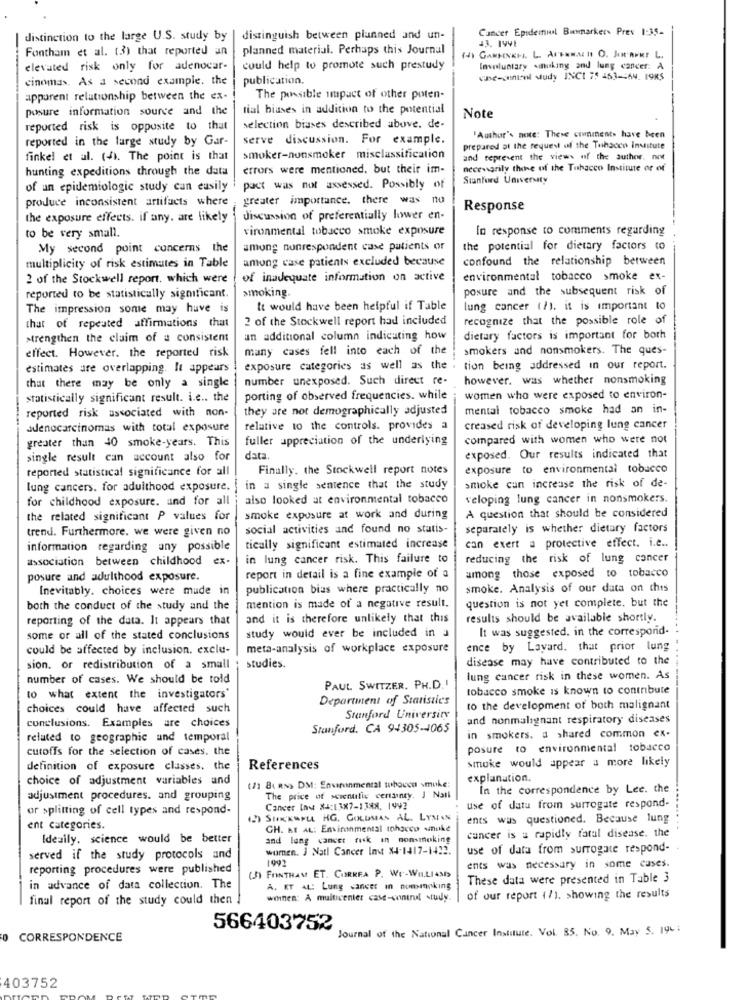
Cancer Epidemiol Bummarker. Prev 1:35-
distinction to the large U.S. study by
distinguish between planned and un-
Fontham et al. (3) that reported an
planned material. Perhaps this Journal
elevated risk only for adenocar-
could help to promote such prestudy
Involuntary amnuking and lung cancer: A
cinomas. As a second example. the
publication.
use-cantoni Muddy INCI 75 453-464. 1985
apparent relationship between the ex-
The possible impact of other poten-
posure information source and the
tial biases in addition to the potential
Note
reported risk is opposite to that
selection biases described above. de-
"Author's note: These conments have been
reported in the large study by Gar-
serve discussion. For example.
prepared at the request of the Tehsoco institute
finkel et al. (f). The point is that
smoker-nonsmoker misclassification
and teprevent the views of the author. not
hunting expeditions through the data
errors were mentioned. but their im-
necessarily there of the Tobacco Institute of of
Stanford University
of an epidemiologic study can easily
pact was not assessed. Possibly of
produce inconsistent artifacts where
greater importance. there was no
Response
the exposure effects. if any, are likely
discussion of preferentially lower en-
vironmental tobacco smoke exposure
In response to comments regarding
to be very small.
My second point concerns the
among nunrespondent case patients or
the potential for dietary factors co
among case patients excluded because
confound the relationship between
multiplicity of risk estimates in Table
2 of the Stockwell report, which were
of inadequate information on active
environmental tobacco smoke ex-
posure and the subsequent risk of
reported to be statistically significant.
smoking.
The impression some may have is
It would have been helpful if Table
lung cancer (/). it is important to
that of repeated affirmations that
2 of the Stockwell report had included
recognize that the possible role of
strengthen the claim of a consistent
an additional column indicating how
dietary factors is important for both
effect. However, the reported risk
many cases fell into each of the
smokers and nonsmokers. The ques-
estimates are overlapping. It appears
exposure categories as well as the
tion being addressed in our report.
number unexposed. Such direct re-
however. was whether nonsmoking
that there may be only a single
statistically significant result. i.e .. the
porting of observed frequencies. while
women who were exposed to environ-
reported risk associated with non-
they are not demographically adjusted
mental tobacco smoke had an in-
adenocarcinomas with total exposure
relative to the controls. provides a
creased risk of developing lung cancer
greater than 40 smoke-years. This
fuller appreciation of the underlying
compared with women who were not
single result can account also for
data.
exposed. Our results indicated that
reported statistical significance for all
Finally. the Stockwell report notes
exposure to environmental tobacco
lung cancers. for adulthood exposure. | in a single sentence that the study
smoke can increase the risk of de-
for childhood exposure. and for all
also looked at environmental tobacco
veloping lung cancer in nonsmokers.
the related significant P values for
smoke exposure at work and during
A question that should be considered
trend. Furthermore. we were given no
social activities and found no statis-
separately is whether dietary factors
information regarding any possible
tically significant estimated increase
can exert a protective effect. i.e ..
association between childhood ex-
in lung cancer risk. This failure to
reducing the risk of lung cancer
posure and adulthood exposure.
report in detail is a fine example of a
among those exposed to tobacco
Inevitably. choices were made in
publication bias where practically no
smoke. Analysis of our data on this
question is not yet complete. but the
both the conduct of the study and the
mention is made of a negative result.
reporting of the data. It appears that
and it is therefore unlikely that this
results should be available shortly.
study would ever be included in a
It was suggested. in the correspond-
some or all of the stated conclusions
could be affected by inclusion. exclu-
meta-analysis of workplace exposure
ence by Lavard. that prior lung
disease may have contributed to the
sion. or redistribution of a small
studies.
number of cases. We should be told
lung cancer risk in these women. As
PAUL SWITZER. PH.D .!
tobacco smoke is known to contribute
to what extent the investigators'
Department of Statistics
choices could have affected such
to the development of both malignant
Stanford University
and nonmalignant respiratory diseases
conclusions. Examples are choices
Stanford. CA 94305-4065
related to geographic and temporal
in smokers. a shared common ex-
cutoffs for the selection of cases. the
posure to environmental tobacco
smoke would appear a more likely
definition of exposure classes. the
References
choice of adjustment variables and
explanation.
(7) 84 RN> DM: Environmental whocen smuke
In the correspondence by Lee. the
adjustment procedures. and grouping
The price of scientific certainty. J Nail
or splitting of cell types and respond-
Cancer Inw X4:13X7-1398, 1992
use of data from surrogate respond-
(2) SHECKMPLL HG. GOLDMAN AL. LYMAN
ents was questioned. Because lung
ent categories.
CH. KE AL: Environmental toharco sinuke
cancer is a rapidly fatal disease. the
Ideally. science would be better
and lung cancer ruk in nonsmoking
women. J Natl Cancer las X4-1417-1422.
use of data from surrogate respond-
served if the study protocols and
1992
reporting procedures were published
ents was necessary in some cases.
(J) FONTHAM ET. CORREA P. Wr-WILLIAM>
These data were presented in Table 3
in advance of data collection. The
A. ET AL: Lung cancer in nombanking
final report of the study could then
wohnen: A multicenter case-control study.
of our report ( /), showing the results
566403752
Journal of the National Cancer Institute. Vol. 85. No. 9. May 5. 194:
0 CORRESPONDENCE
403752